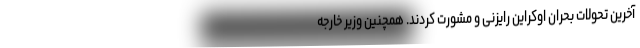
آخرین تحولات بحران اوکراین رایزنی و مشورت کردند. همچنین وزیر خارجه